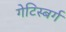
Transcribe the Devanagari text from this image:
गेटिस्बर्ग